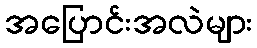
အပြောင်းအလဲများ